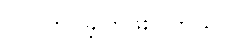
လုပ်ကိုင်ခဲ့ကြဖူးပါတယ်။